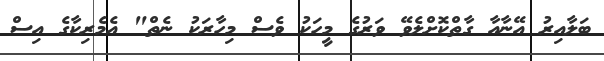
ބަލާއިރު އޭނާއާ ގާތްކޮށްލެވޭ ވަރުގެ މީހަކު ވެސް މިހާރަކު ނެތް" އެމެރިކާގެ އިސް